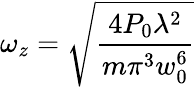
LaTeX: \omega_{z}={\sqrt{\frac{4P_{0}\lambda^{2}}{m\pi^{3}w_{0}^{6}}}}